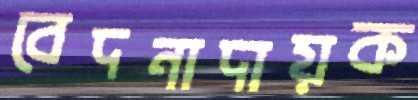
বেদনাদায়ক